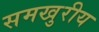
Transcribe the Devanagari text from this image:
समखुरीय